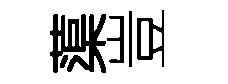
蕖豈